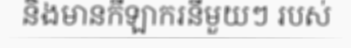
និងមានកីឡាករនីមួយៗ របស់